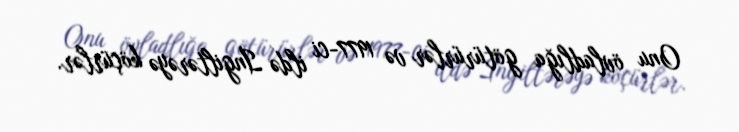
Onu övladlığa götürürlər və 1977-ci ildə İngiltərəyə köçürlər.